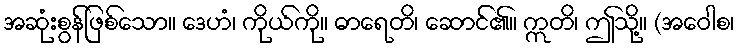
အဆုံးစွန်ဖြစ်သော။ ဒေဟံ၊ ကိုယ်ကို။ ဓာရေတိ၊ ဆောင်၏။ ဣတိ၊ ဤသို့။ (အဝေါစ၊